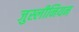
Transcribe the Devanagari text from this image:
जुस्लीनियन